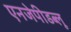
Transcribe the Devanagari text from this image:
एनजेपीडब्लू